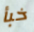
خبأ